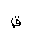
Letter: _qaf